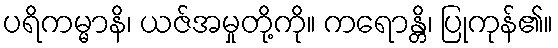
ပရိကမ္မာနိ၊ ယဇ်အမှုတို့ကို။ ကရောန္တိ၊ ပြုကုန်၏။